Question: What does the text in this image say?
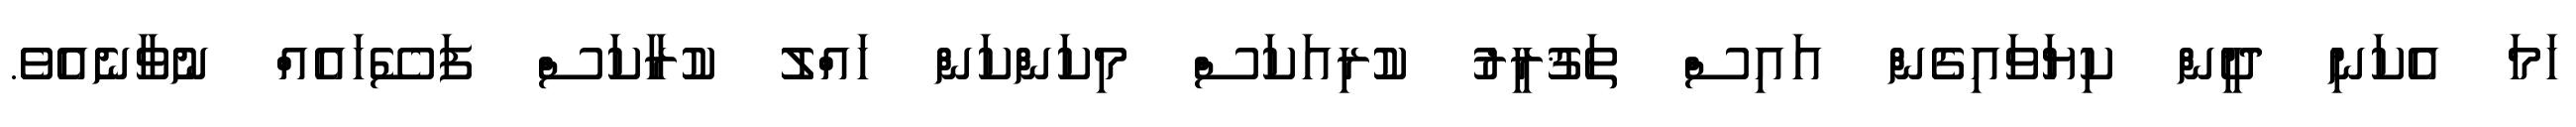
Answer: ހަމަ އެކަނި ދީން ކިޔަވައިގެން އައިސް ތަޤުރީރު ކުރިއަކަސް މިކަންކަން ހައްލު ކުރާކަސް ފަސޭހައެއް ނުވާނެއެވެ.